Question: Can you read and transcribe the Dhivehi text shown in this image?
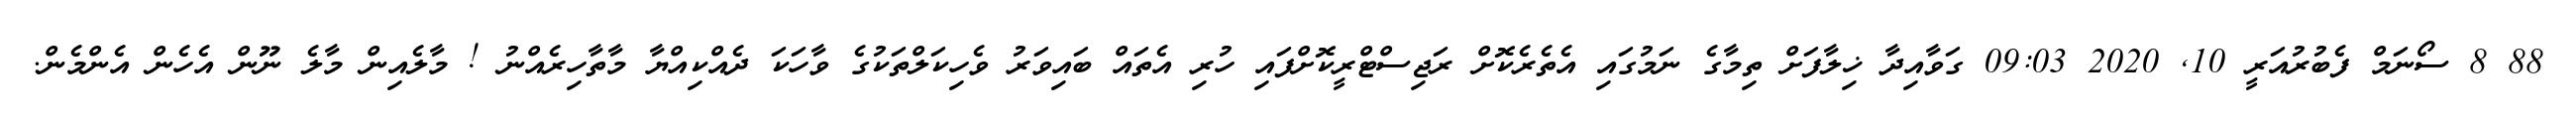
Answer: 88 8 ސޯނަމް ފެބުރުއަރީ 10, 2020 09:03 ގަވާއިދާ ޚިލާފަށް ތިމާގެ ނަމުގައި އެތެރެކޮށް ރަޖިސްޓްރީކޮށްފައި ހުރި އެތައް ބައިވަރު ވެހިކަލްތަކުގެ ވާހަކަ ދެއްކިއްޔާ މާތާހިރެއްނު ! މާލެއިން މާލެ ނޫން އެހެން އެންމެން.